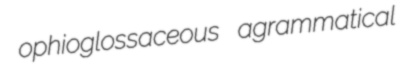
ophioglossaceous agrammatical